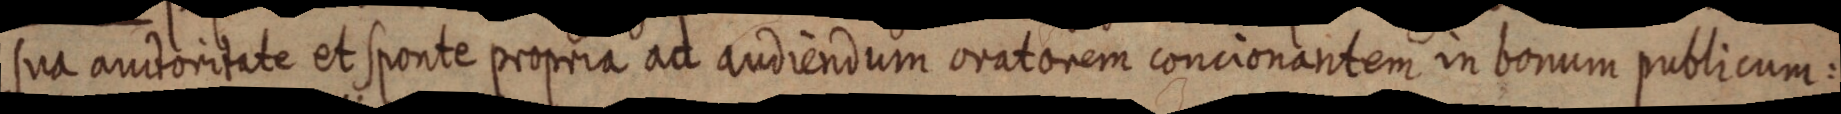
sua auctoritate et sponte propria ad audiendum oratorem concionantem in bonum publicum: